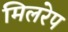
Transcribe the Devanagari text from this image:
मिलरेप